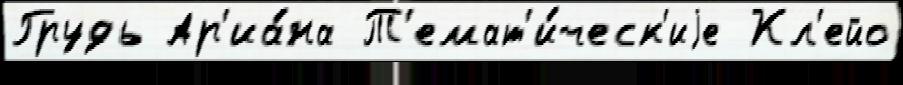
Грудь Ар'иа́на Т'емат'и́ческ'иjе Кл'ейо